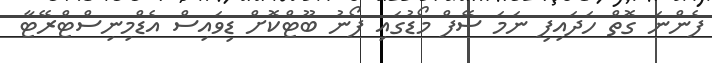
ފެންނަ ގޮތް ހަދައިފި ނަމަ ސޭފް މޯޑުގައި ފޯނު ބޫޓްކޮށް ޑިވައިސް އެޑްމިނިސްޓްރޭޓާ